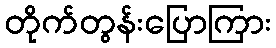
တိုက်တွန်းပြောကြား